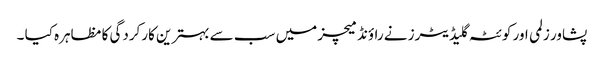
پشاور زلمی اور کوئٹہ گلیڈیٹرز نے راؤنڈ میچز میں سب سے بہترین کارکردگی کا مظاہرہ کیا ۔